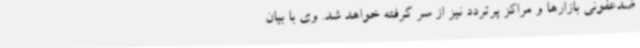
ضدعفونی بازارها و مراکز پرتردد نیز از سر گرفته خواهد شد. وی با بیان